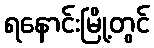
ရနောင်းမြို့တွင်